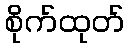
စိုက်ထုတ်